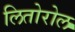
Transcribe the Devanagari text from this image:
लितोरोल